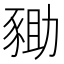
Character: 𧱑